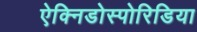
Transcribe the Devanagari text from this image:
ऐक्निडोस्पोरिडिया